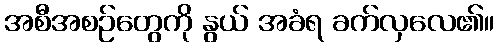
အစီအစဉ်တွေကို နွယ် အခံရ ခက်လှလေ၏။